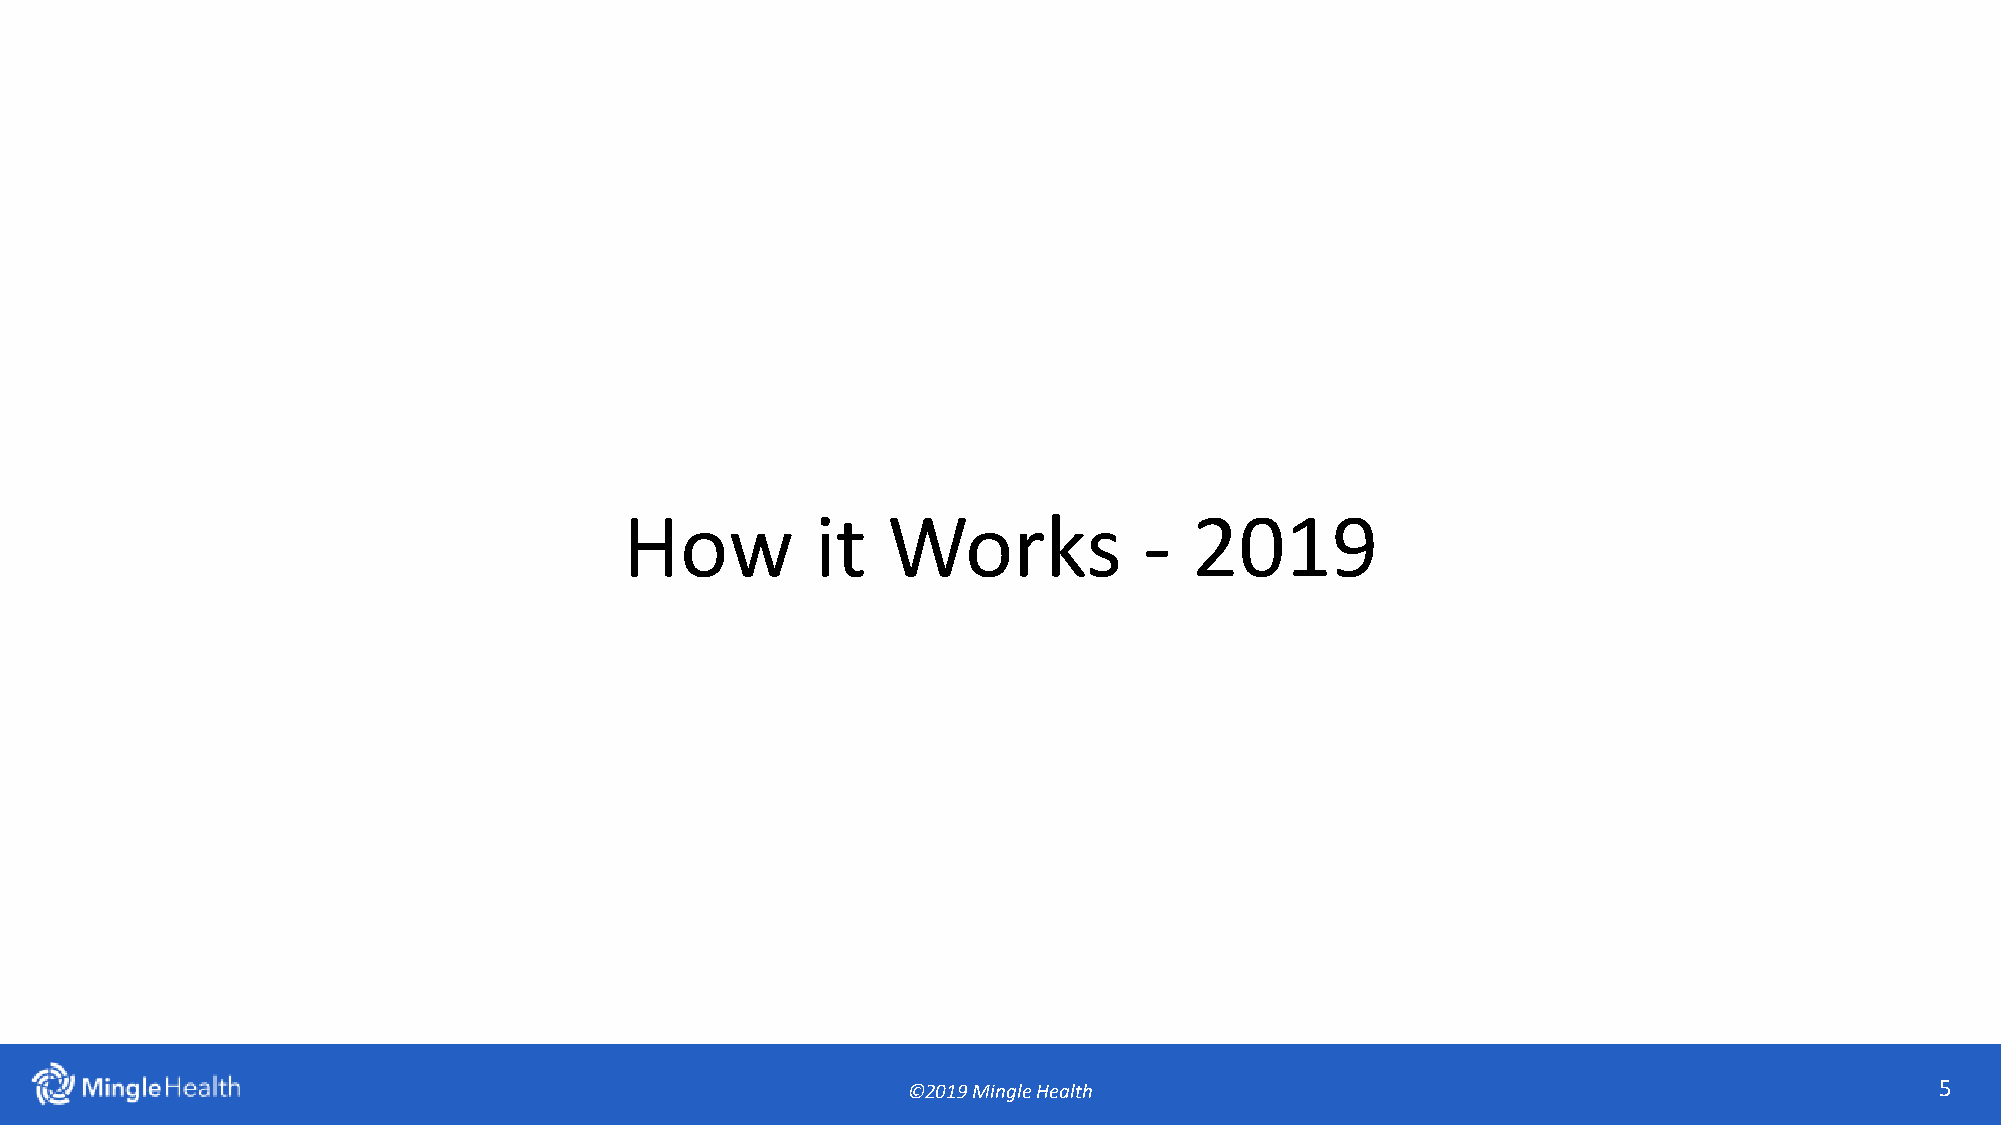
How          it   Works            -  2019
 ©2019 Mingle Health                                                 5